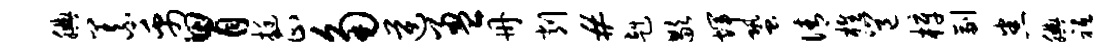
腆义禹胃挺正角逆盈册削#赳歇辉蛩倩樵邕梓副悉腆祗